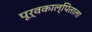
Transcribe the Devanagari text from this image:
पूर्वकाल्पिताला